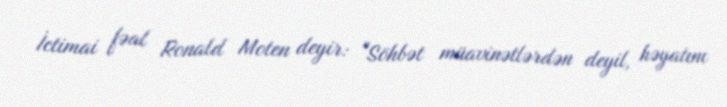
İctimai fəal Ronald Moten deyir: "Söhbət müavinətlərdən deyil, həyatını